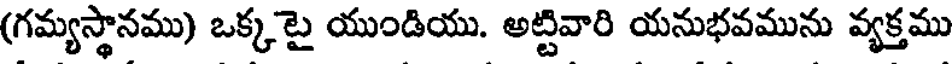
(గమ్యస్థానము) ఒక్కటై యుండియు. అట్టివారి యనుభవమును వ్యక్తము